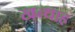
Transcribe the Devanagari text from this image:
खन्‍थाह